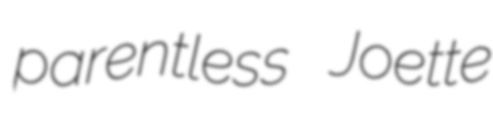
parentless Joette